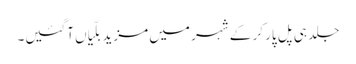
جلد ہی پل پار کر کے شہر میں مزید بلّیاں آگئیں۔